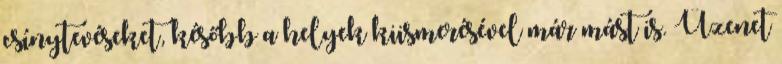
csínytevéseket, később a helyek kiismerésével már mást is. Üzenet